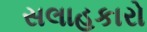
સલાહકારો